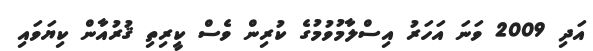
އަދި 2009 ވަނަ އަހަރު އިސްލާމުވުމުގެ ކުރިން ވެސް ކީރިތި ޤުރުއާން ކިޔަވައި